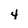
Character: 4